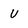
Character: U